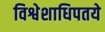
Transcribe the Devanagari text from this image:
विश्वेशाधिपतये